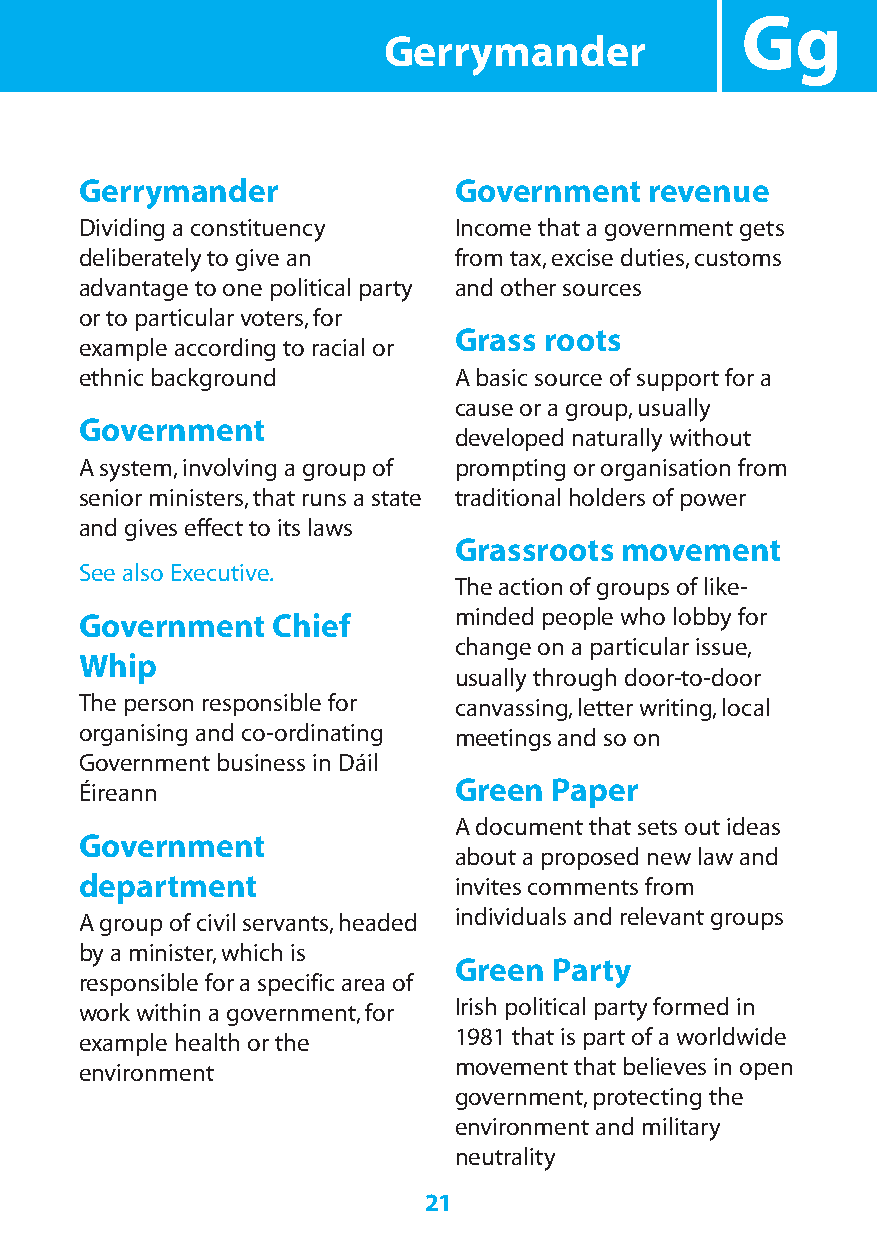
Gg
 Gerrymander
 Gerrymander              Government   revenue
 Dividing a constituency  Income that a government gets
 deliberately to give an  from tax,excise duties,customs
 advantage to one political party and other sources
 or to particular voters,for
 Grass roots
 example according to racial or
 ethnic background        A basic source of support for a
 cause or a group,usually
 Government
 developed naturally without
 A system,involving a group of prompting or organisation from
 senior ministers,that runs a state traditional holders of power
 and gives effect to its laws
 Grassroots movement
 See also Executive.
 The action of groups of like-
 Government   Chief       minded people who lobby for
 change on a particular issue,
 Whip
 usually through door-to-door
 The person responsible for canvassing,letter writing,local
 organising and co-ordinating meetings and so on
 Government business in Dáil
 Green  Paper
 Éireann
 A document that sets out ideas
 Government
 about a proposed new law and
 department               invites comments from
 A group of civil servants,headed individuals and relevant groups
 by a minister,which is
 Green  Party
 responsible for a specific area of
 work within a government,for Irish political party formed in
 example health or the    1981 that is part of a worldwide
 environment              movement that believes in open
 government,protecting the
 environment and military
 neutrality
 21